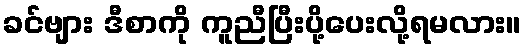
ခင်ဗျား ဒီစာကို ကူညီပြီးပို့ပေးလို့ရမလား။